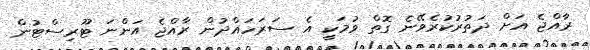
ރާއްޖެ އަށް ދަތުރުކުރެވޭނެ ގޮތް ވުމަކީ އެ ސަރަހައްދުން ރާއްޖެ އަންނަ ޓޫރިސްޓުން